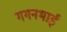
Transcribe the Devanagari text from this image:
गगनभाई